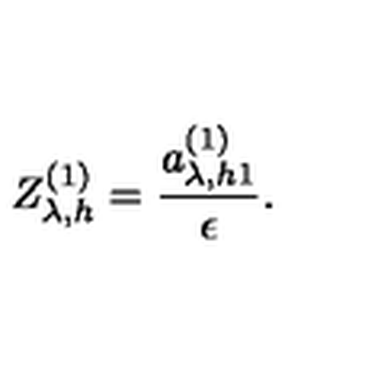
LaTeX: Z _ { \lambda , h } ^ { ( 1 ) } = \frac { a _ { \lambda , h 1 } ^ { ( 1 ) } } { \epsilon } .